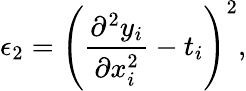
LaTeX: \epsilon_{2}=\left(\frac{\partial^{2}y_{i}}{\partial x_{i}^{2}}-t_{i}\right)^{2},